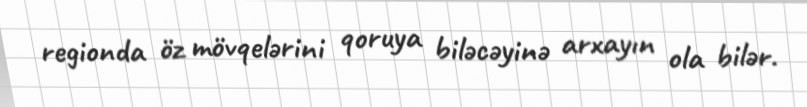
regionda öz mövqelərini qoruya biləcəyinə arxayın ola bilər.